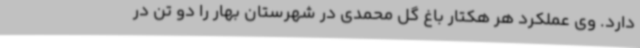
دارد. وی عملکرد هر هکتار باغ گل محمدی در شهرستان بهار را دو تن در